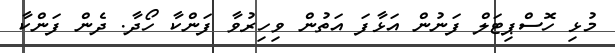
މުޅި ހޮސްޕިޓަލް ފަނުން އަޅާފަ އަތުން ވިހިރުވާ ފަންކާ ހޯދާ. ދެން ފަންކާ